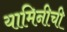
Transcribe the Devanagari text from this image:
यामिनीची